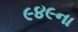
૯૪૯ના